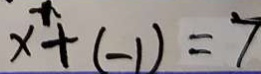
x ^ { n } + ( - 1 ) = 7